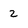
Character: 2